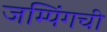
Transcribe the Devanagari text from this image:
जम्पिंगची